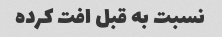
نسبت به قبل افت کرده